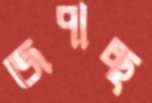
জপাচ্ছ